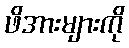
ဖိအားများကို